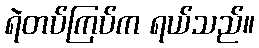
ရဲတပ်ကြပ်က ရယ်သည်။